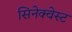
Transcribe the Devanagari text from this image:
सिनेक्वेस्ट